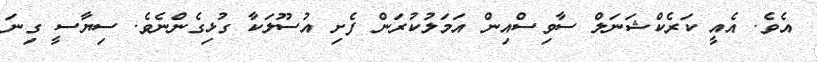
އެވެ. އެއީ ކަރެކްޝަނަލް ސާވިސްއިން އަމަލުކުރަން ފެށި އުސޫލަކާ ގުޅިގެންނެވެ. ސިޔާސީ ގިނަ